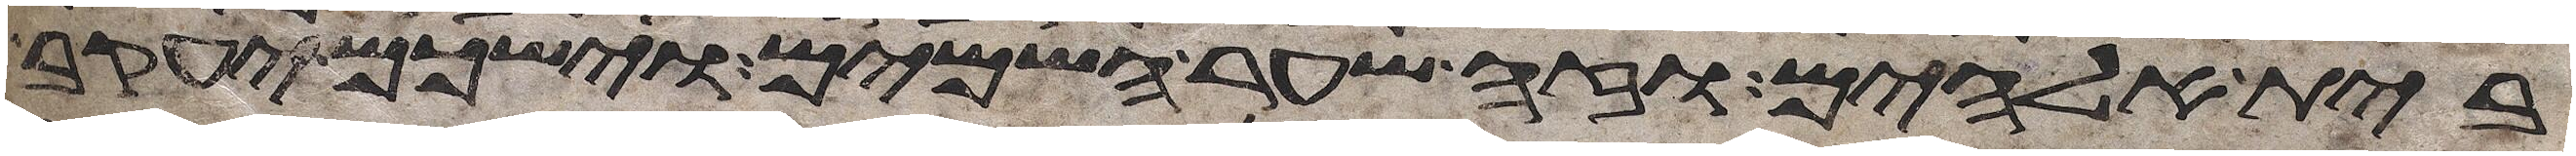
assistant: בית אלהים וזה שער השמים וישכם יעקב